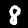
Digit: 8